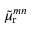
{ \tilde { \mu } _ { \mathrm { r } } } ^ { m n }